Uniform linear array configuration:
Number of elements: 16
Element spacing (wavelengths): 0.5
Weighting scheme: uniform
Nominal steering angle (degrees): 15
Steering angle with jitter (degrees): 15.719
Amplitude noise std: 0.05
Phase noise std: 0.05

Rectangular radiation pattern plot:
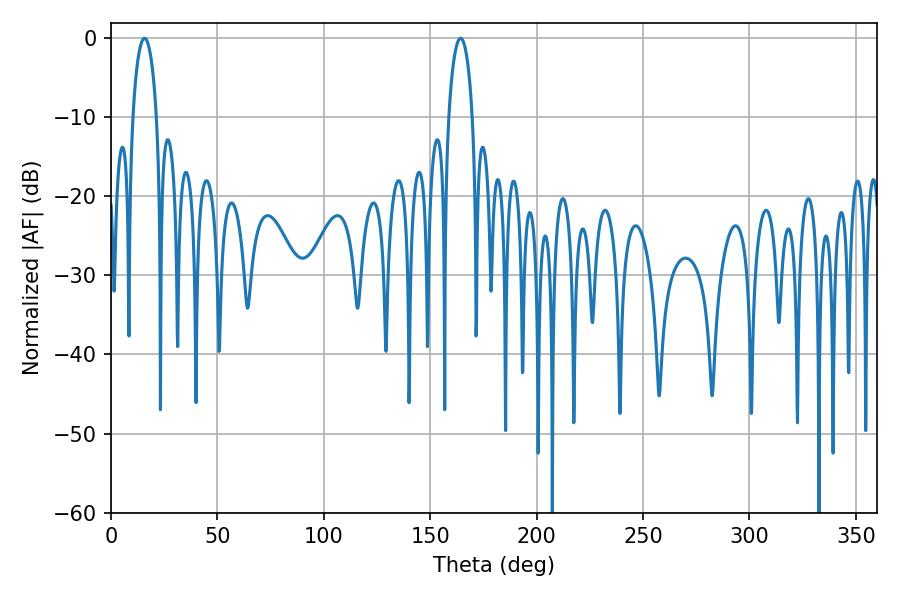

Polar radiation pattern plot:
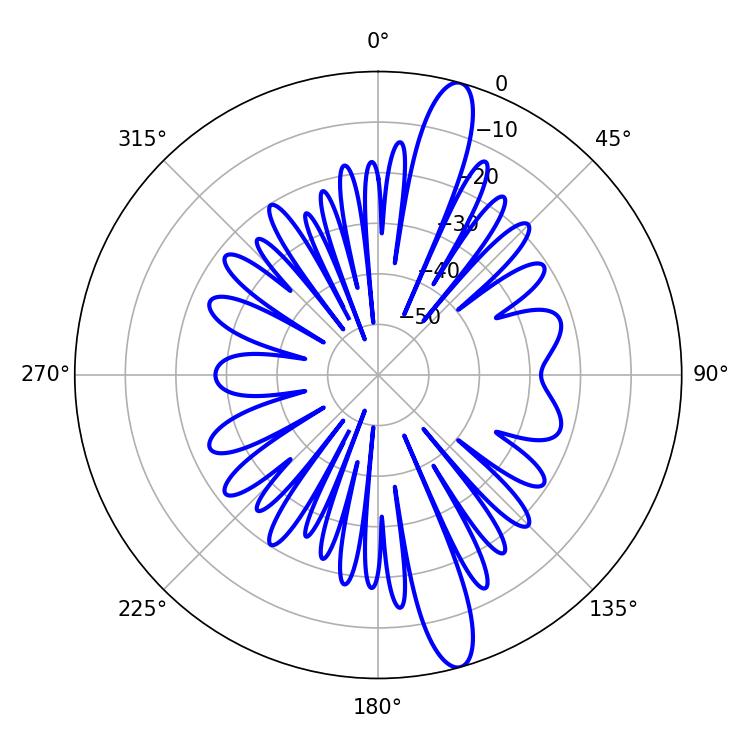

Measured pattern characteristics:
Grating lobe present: FALSE
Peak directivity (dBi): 14.507
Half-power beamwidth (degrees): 6.3
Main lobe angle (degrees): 15.66